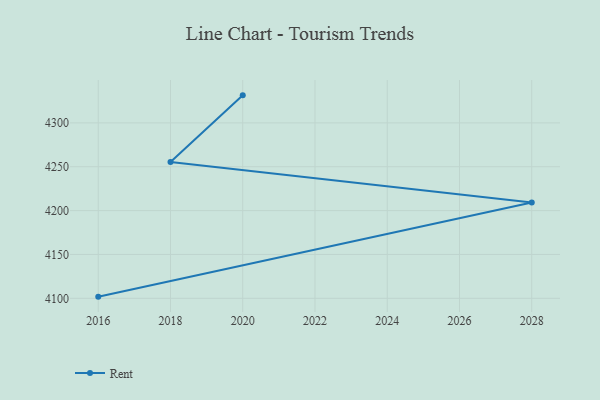
{"axis": {"x": "Year", "y": "Budget (USD K)"}, "legend": ["Rent"], "data": [{"x": "2016", "y": 4101.9, "type": "Rent"}, {"x": "2028", "y": 4209.2, "type": "Rent"}, {"x": "2018", "y": 4255.3, "type": "Rent"}, {"x": "2020", "y": 4331.4, "type": "Rent"}]}